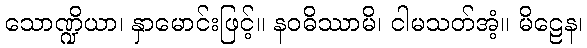
သောဏ္ဍိယာ၊ နှာမောင်းဖြင့်။ နဝဓိဿာမိ၊ ငါမသတ်အံ့။ မိဠေန၊